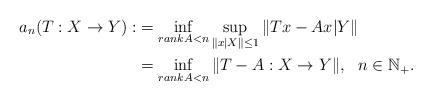
LaTeX: \begin{align*}a_n(T:X\rightarrow Y):&=\inf_{rank A< n}\sup_{\|x|X\|\leq 1}\|Tx-Ax|Y\|\\&=\inf_{rank A< n}\|T-A:X\rightarrow Y\|,\ \ n\in \Bbb N_+.\end{align*}